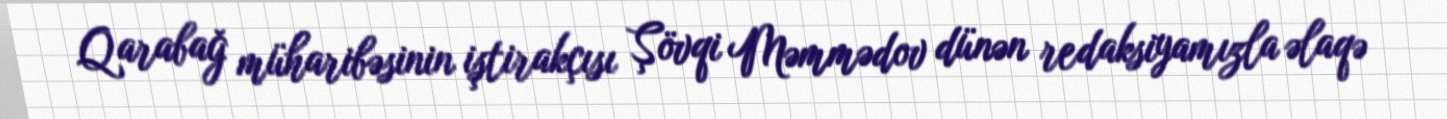
Qarabağ müharibəsinin iştirakçısı Şövqi Məmmədov dünən redaksiyamızla əlaqə